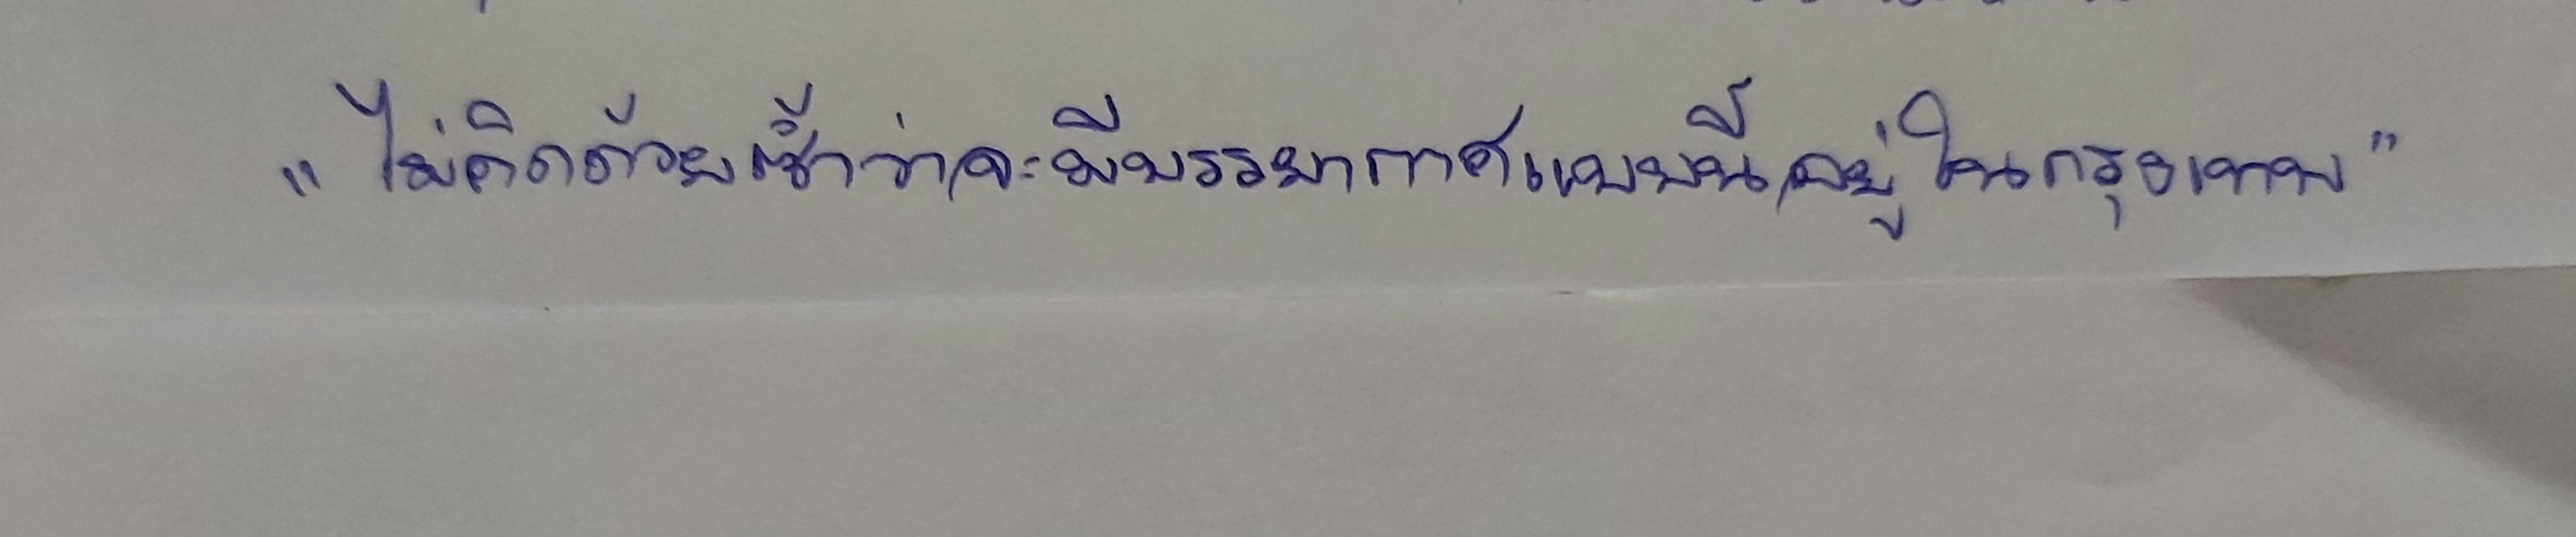
"ไม่คิดด้วยซ้ำว่าจะมีบรรยากาศแบบนี้อยู่ในกรุงเทพฯ"